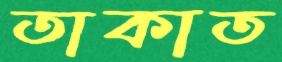
তাকাত